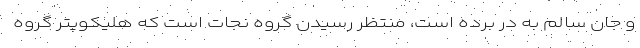
و جان سالم به در برده است، منتظر رسیدن گروه نجات است که هلیکوپتر گروه